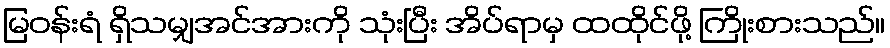
မြဝန်းရံ ရှိသမျှအင်အားကို သုံးပြီး အိပ်ရာမှ ထထိုင်ဖို့ ကြိုးစားသည်။